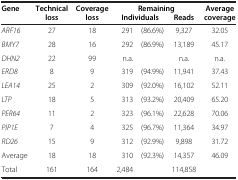
| <ROWSPAN=3> Gene |  |  |  |  |  |  |
 | Technical | Coverage | <COLSPAN=3> Remaining | Average |
 | loss | loss | <COLSPAN=2> Individuals | Reads | coverage |
 | --- | --- | --- | --- | --- | --- | --- |
 | ARF16 | 27 | 18 | 291 | (86.6%) | 9,327 | 32.05 |
 | BMY7 | 28 | 16 | 292 | (86.9%) | 13,189 | 45.17 |
 | DHN2 | 22 | 99 | n.a. |  | n.a. | n.a. |
 | ERD8 | 8 | 9 | 319 | (94.9%) | 11,941 | 37.43 |
 | LEA14 | 25 | 2 | 309 | (92.0%) | 16,102 | 52.11 |
 | LTP | 18 | 5 | 313 | (93.2%) | 20,409 | 65.20 |
 | PER64 | 11 | 2 | 323 | (96.1%) | 22,628 | 70.06 |
 | PIP1E | 7 | 4 | 325 | (96.7%) | 11,364 | 34.97 |
 | RD26 | 15 | 9 | 312 | (92.9%) | 9,898 | 31.72 |
 | Average | 18 | 18 | 310 | (92.3%) | 14,357 | 46.09 |
 | Total | 161 | 164 | 2,484 |  | 114,858 |  |